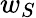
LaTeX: w_{S}